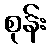
စုန်း